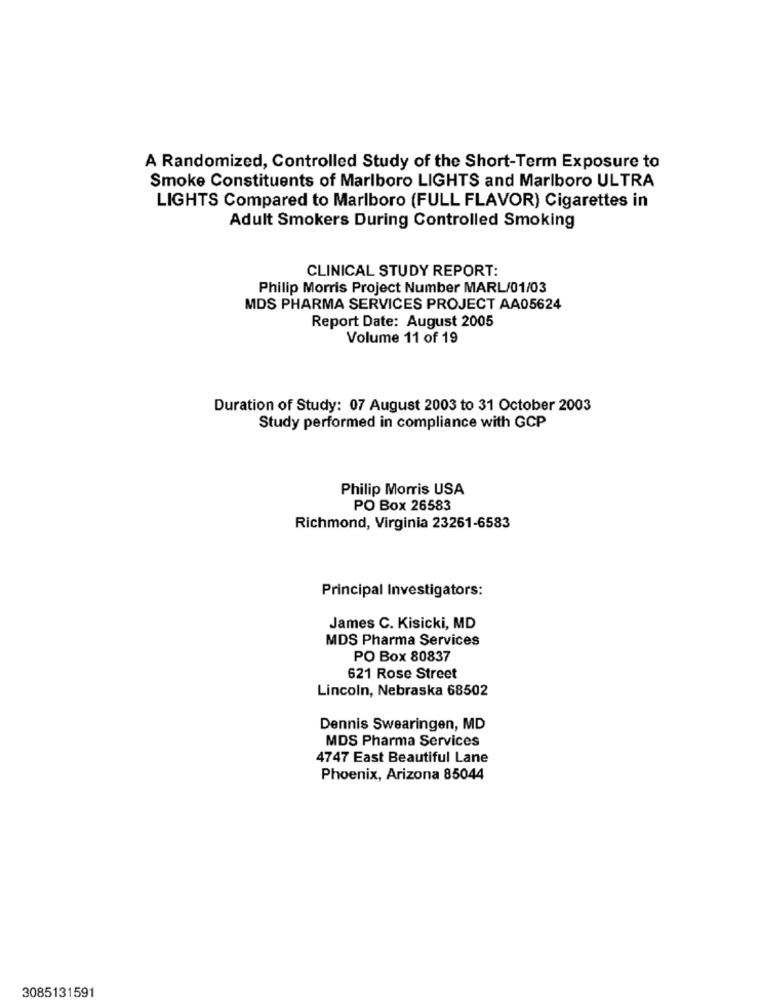
A Randomized, Controlled Study of the Short-Term Exposure to
Smoke Constituents of Marlboro LIGHTS and Marlboro ULTRA
LIGHTS Compared to Marlboro (FULL FLAVOR) Cigarettes in
Adult Smokers During Controlled Smoking
CLINICAL STUDY REPORT:
Philip Morris Project Number MARL/01/03
MDS PHARMA SERVICES PROJECT AA05624
Report Date: August 2005
Volume 11 of 19
Duration of Study: 07 August 2003 to 31 October 2003
Study performed in compliance with GCP
Philip Morris USA
PO Box 26583
Richmond, Virginia 23261-6583
Principal Investigators:
James C. Kisicki, MD
MDS Pharma Services
PO Box 80837
621 Rose Street
Lincoln, Nebraska 68502
Dennis Swearingen, MD
MDS Pharma Services
4747 East Beautiful Lane
Phoenix, Arizona 85044
3085131591